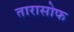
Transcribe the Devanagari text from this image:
तारासोफ